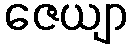
ဇေယျာ